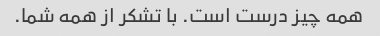
همه چیز درست است. با تشکر از همه شما.